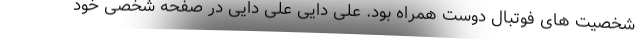
شخصیت های فوتبال دوست همراه بود. علی دایی علی دایی در صفحه شخصی خود